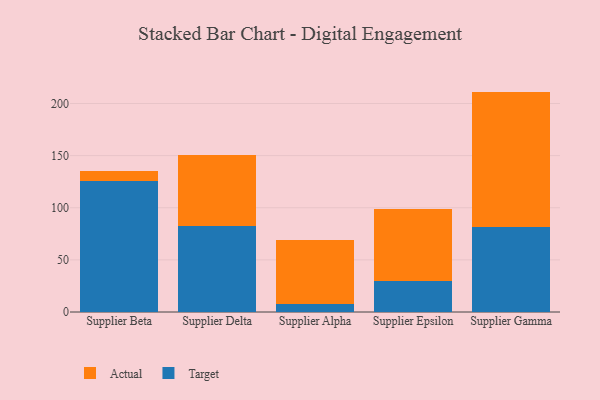
{"axis": {"x": "Supplier", "y": "Budget (USD K)"}, "legend": ["Actual", "Target"], "data": [{"x": "Supplier Beta", "y": 125.5, "type": "Target"}, {"x": "Supplier Beta", "y": 9.6, "type": "Actual"}, {"x": "Supplier Delta", "y": 82.8, "type": "Target"}, {"x": "Supplier Delta", "y": 68.1, "type": "Actual"}, {"x": "Supplier Alpha", "y": 7.9, "type": "Target"}, {"x": "Supplier Alpha", "y": 61.6, "type": "Actual"}, {"x": "Supplier Epsilon", "y": 29.8, "type": "Target"}, {"x": "Supplier Epsilon", "y": 68.8, "type": "Actual"}, {"x": "Supplier Gamma", "y": 81.7, "type": "Target"}, {"x": "Supplier Gamma", "y": 129.7, "type": "Actual"}]}